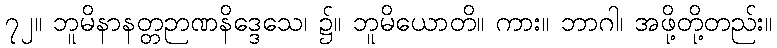
၇၂။ ဘူမိနာနတ္တဉာဏနိဒ္ဒေသေ၊ ၌။ ဘူမိယောတိ။ ကား။ ဘာဂါ၊ အဖို့တို့တည်း။